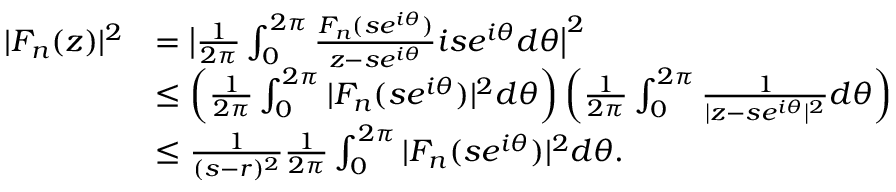
\begin{array} { r l } { | F _ { n } ( z ) | ^ { 2 } } & { = \big | \frac { 1 } { 2 \pi } \int _ { 0 } ^ { 2 \pi } \frac { F _ { n } ( s e ^ { i \theta } ) } { z - s e ^ { i \theta } } i s e ^ { i \theta } d \theta \big | ^ { 2 } } \\ & { \le \left( \frac { 1 } { 2 \pi } \int _ { 0 } ^ { 2 \pi } | F _ { n } ( s e ^ { i \theta } ) | ^ { 2 } d \theta \right) \left( \frac { 1 } { 2 \pi } \int _ { 0 } ^ { 2 \pi } \frac { 1 } { | z - s e ^ { i \theta } | ^ { 2 } } d \theta \right) } \\ & { \le \frac { 1 } { ( s - r ) ^ { 2 } } \frac { 1 } { 2 \pi } \int _ { 0 } ^ { 2 \pi } | F _ { n } ( s e ^ { i \theta } ) | ^ { 2 } d \theta . } \end{array}